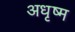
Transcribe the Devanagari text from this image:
अधृष्म